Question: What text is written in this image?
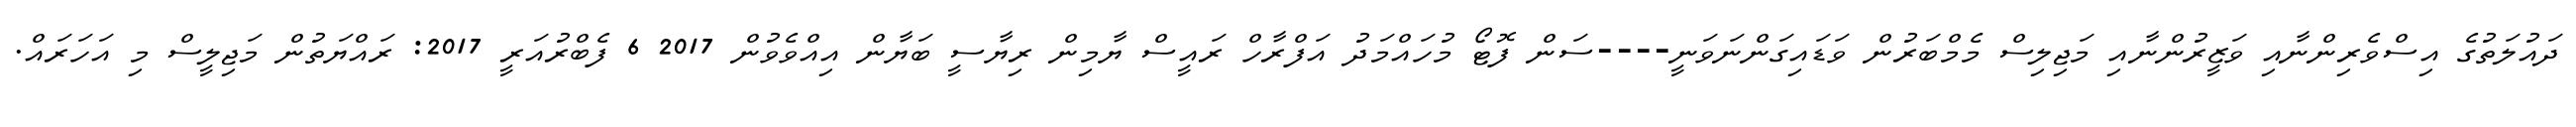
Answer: ދައުލަތުގެ އިސްވެރިންނާއި ވަޒީރުންނާއި މަޖިލިސް މެމްބަރުން ވަޑައިގަންނަވަނީ----ސަން ފޮޓޯ މުހައްމަދު އަފްރާހް ރައީސް ޔާމިން ރިޔާސީ ބަޔާން އިއްވެވުން 2017 6 ފެބްރުއަރީ 2017: ރައްޔަތުން މަޖިލީސް މި އަހަރައް.